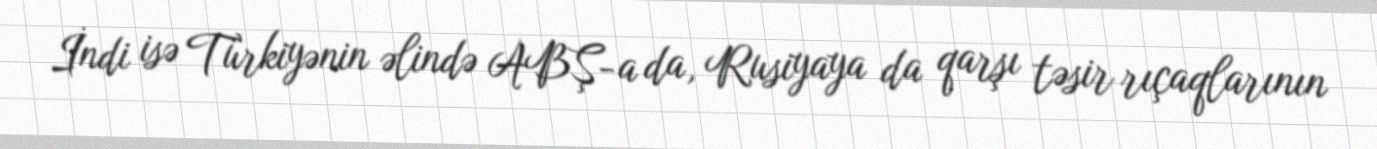
İndi isə Türkiyənin əlində ABŞ-a da, Rusiyaya da qarşı təsir rıçaqlarının